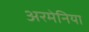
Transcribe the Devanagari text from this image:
अरमेनिया